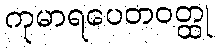
ကုမာရပေတဝတ္ထု